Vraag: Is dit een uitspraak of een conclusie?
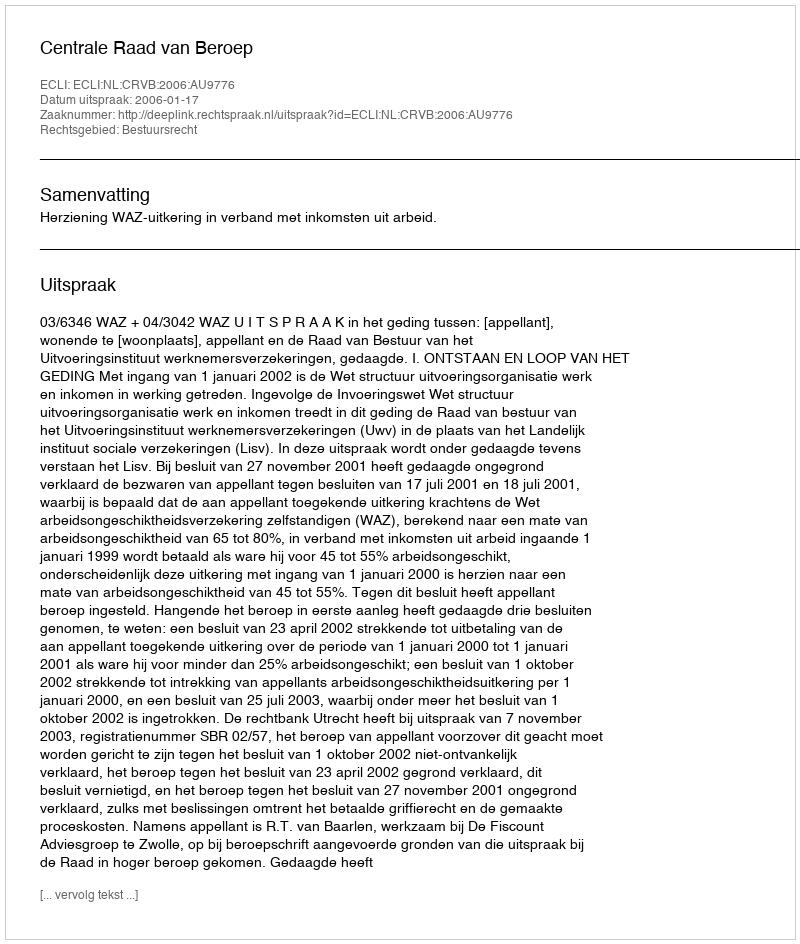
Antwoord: Uitspraak